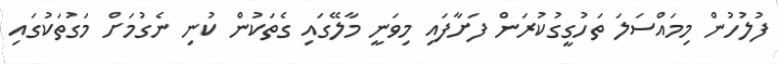
ފުލުހުން މިމައްސަލަ ތަހުގީގުކުރަން ފަށާފައި މިވަނީ މާލޭގައި ގެތަކުން ކުނި ނެގުމަށް މަގުތަކުގައި